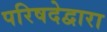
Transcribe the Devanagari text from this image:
परिषदेद्वारा